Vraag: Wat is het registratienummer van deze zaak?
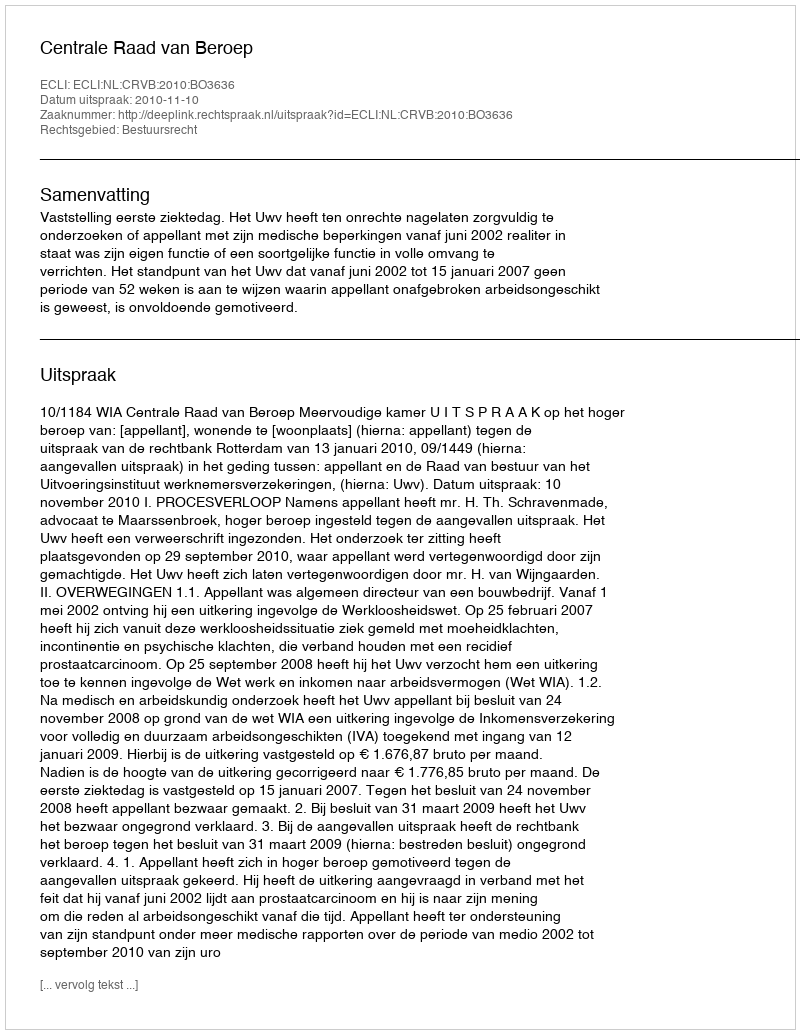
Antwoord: http://deeplink.rechtspraak.nl/uitspraak?id=ECLI:NL:CRVB:2010:BO3636